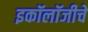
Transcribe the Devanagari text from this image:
इकॉलॉजीचे